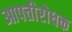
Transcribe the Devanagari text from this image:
आपत्तीरोधक